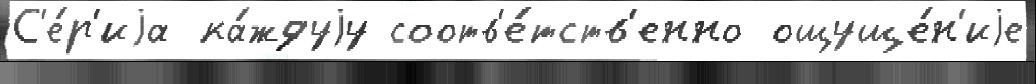
С'е́р'иjа ка́ждуjу соотв'е́тств'енно ощуще́н'иjе